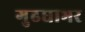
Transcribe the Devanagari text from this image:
गुढघाभर